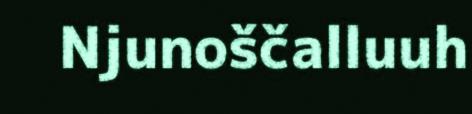
Njunoščalluuh